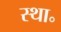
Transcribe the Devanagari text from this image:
स्था॰